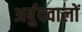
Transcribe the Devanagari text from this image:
अर्बुदवालों